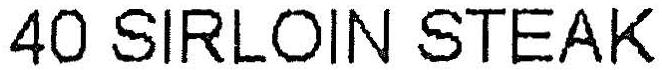
40 SIRLOIN STEAK